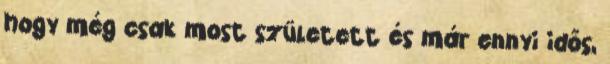
hogy még csak most született és már ennyi idős,